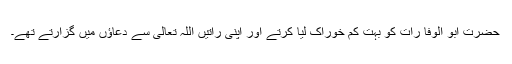
حضرت ابو الوفا رات کو بہت کم خوراک لیا کرتے اور اپنی راتیں اللہ تعالٰی سے دعاؤں میں گزارتے تھے۔